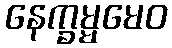
နေက္ခမ္မမေဝ